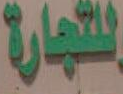
للتجارة